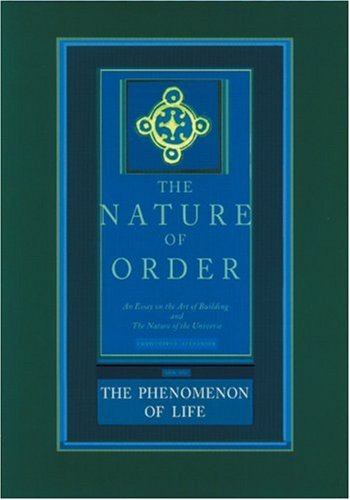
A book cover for The Nature of Order: An Essay on the Art of Building and the Nature of the Universe, Book 1 - The Phenomenon of Life (Center for Environmental Structure, Vol. 9); Christopher Alexander; Arts & Photography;